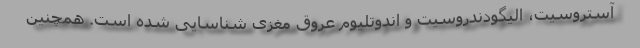
آستروسیت، الیگودندروسیت و ‌اندوتلیوم عروق مغزی شناسایی شده است. همچنین